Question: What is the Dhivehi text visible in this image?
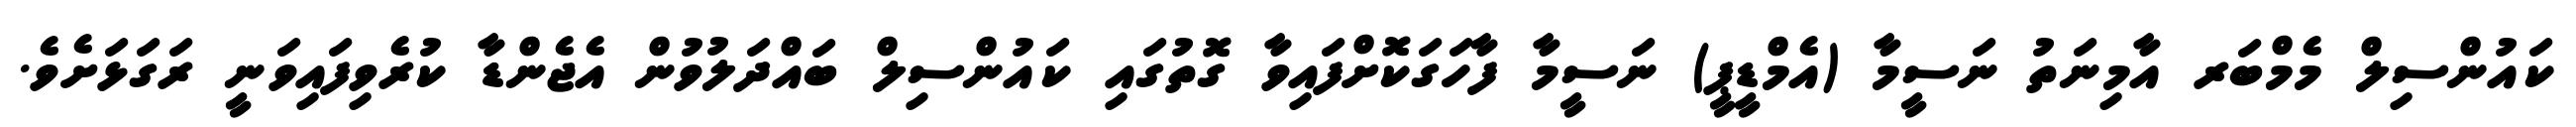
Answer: ކައުންސިލް މެމްބަރ އާމިނަތު ނަސީމާ (އެމްޑީޕީ) ނަސީމާ ފާހަގަކޮށްފައިވާ ގޮތުގައި ކައުންސިލް ބައްދަލުވުން އެޖެންޑާ ކުރެވިފައިވަނީ ރަގަޅަށެވެ.